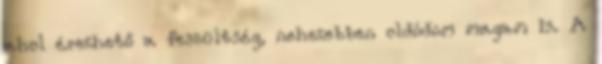
ahol érezhető a feszültség, nehezebben oldódom magam is. A